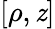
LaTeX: [\rho,\mathit{z}]